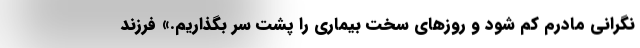
نگرانی مادرم کم شود و روزهای سخت بیماری را پشت سر بگذاریم.» فرزند